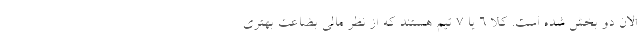
الان دو بخش شده است. کلا 6 یا 7 تیم هستند که از نظر مالی بضاعت بهتری